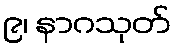
၉၊ နာဂသုတ်